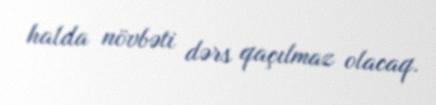
halda növbəti dərs qaçılmaz olacaq.